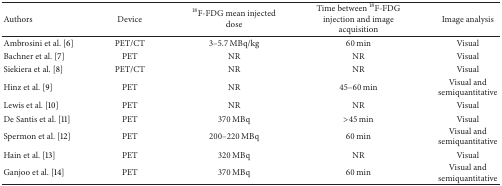
| Authors | Device | 18F-FDG mean injected dose | Time between 18F-FDG injection and image acquisition | Image analysis |
 | --- | --- | --- | --- | --- |
 | Ambrosini et al. [6] | PET/CT | 3–5.7 MBq/kg | 60 min | Visual |
 | Bachner et al. [7] | PET | NR | NR | Visual |
 | Siekiera et al. [8] | PET/CT | NR | NR | Visual |
 | Hinz et al. [9] | PET | NR | 45–60 min | Visual and semiquantitative |
 | Lewis et al. [10] | PET | NR | NR | Visual |
 | De Santis et al. [11] | PET | 370 MBq | >45 min | Visual |
 | Spermon et al. [12] | PET | 200–220 MBq | 60 min | Visual and semiquantitative |
 | Hain et al. [13] | PET | 320 MBq | NR | Visual |
 | Ganjoo et al. [14] | PET | 370 MBq | 60 min | Visual and semiquantitative |